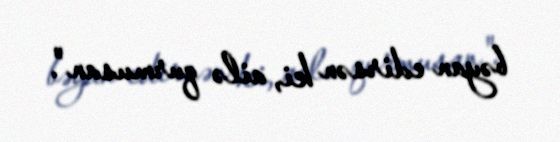
bəyan edirsən ki, ailə qurmusan".